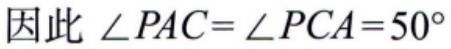
因此 $\angle PAC = \angle PCA = 50^{\circ}$